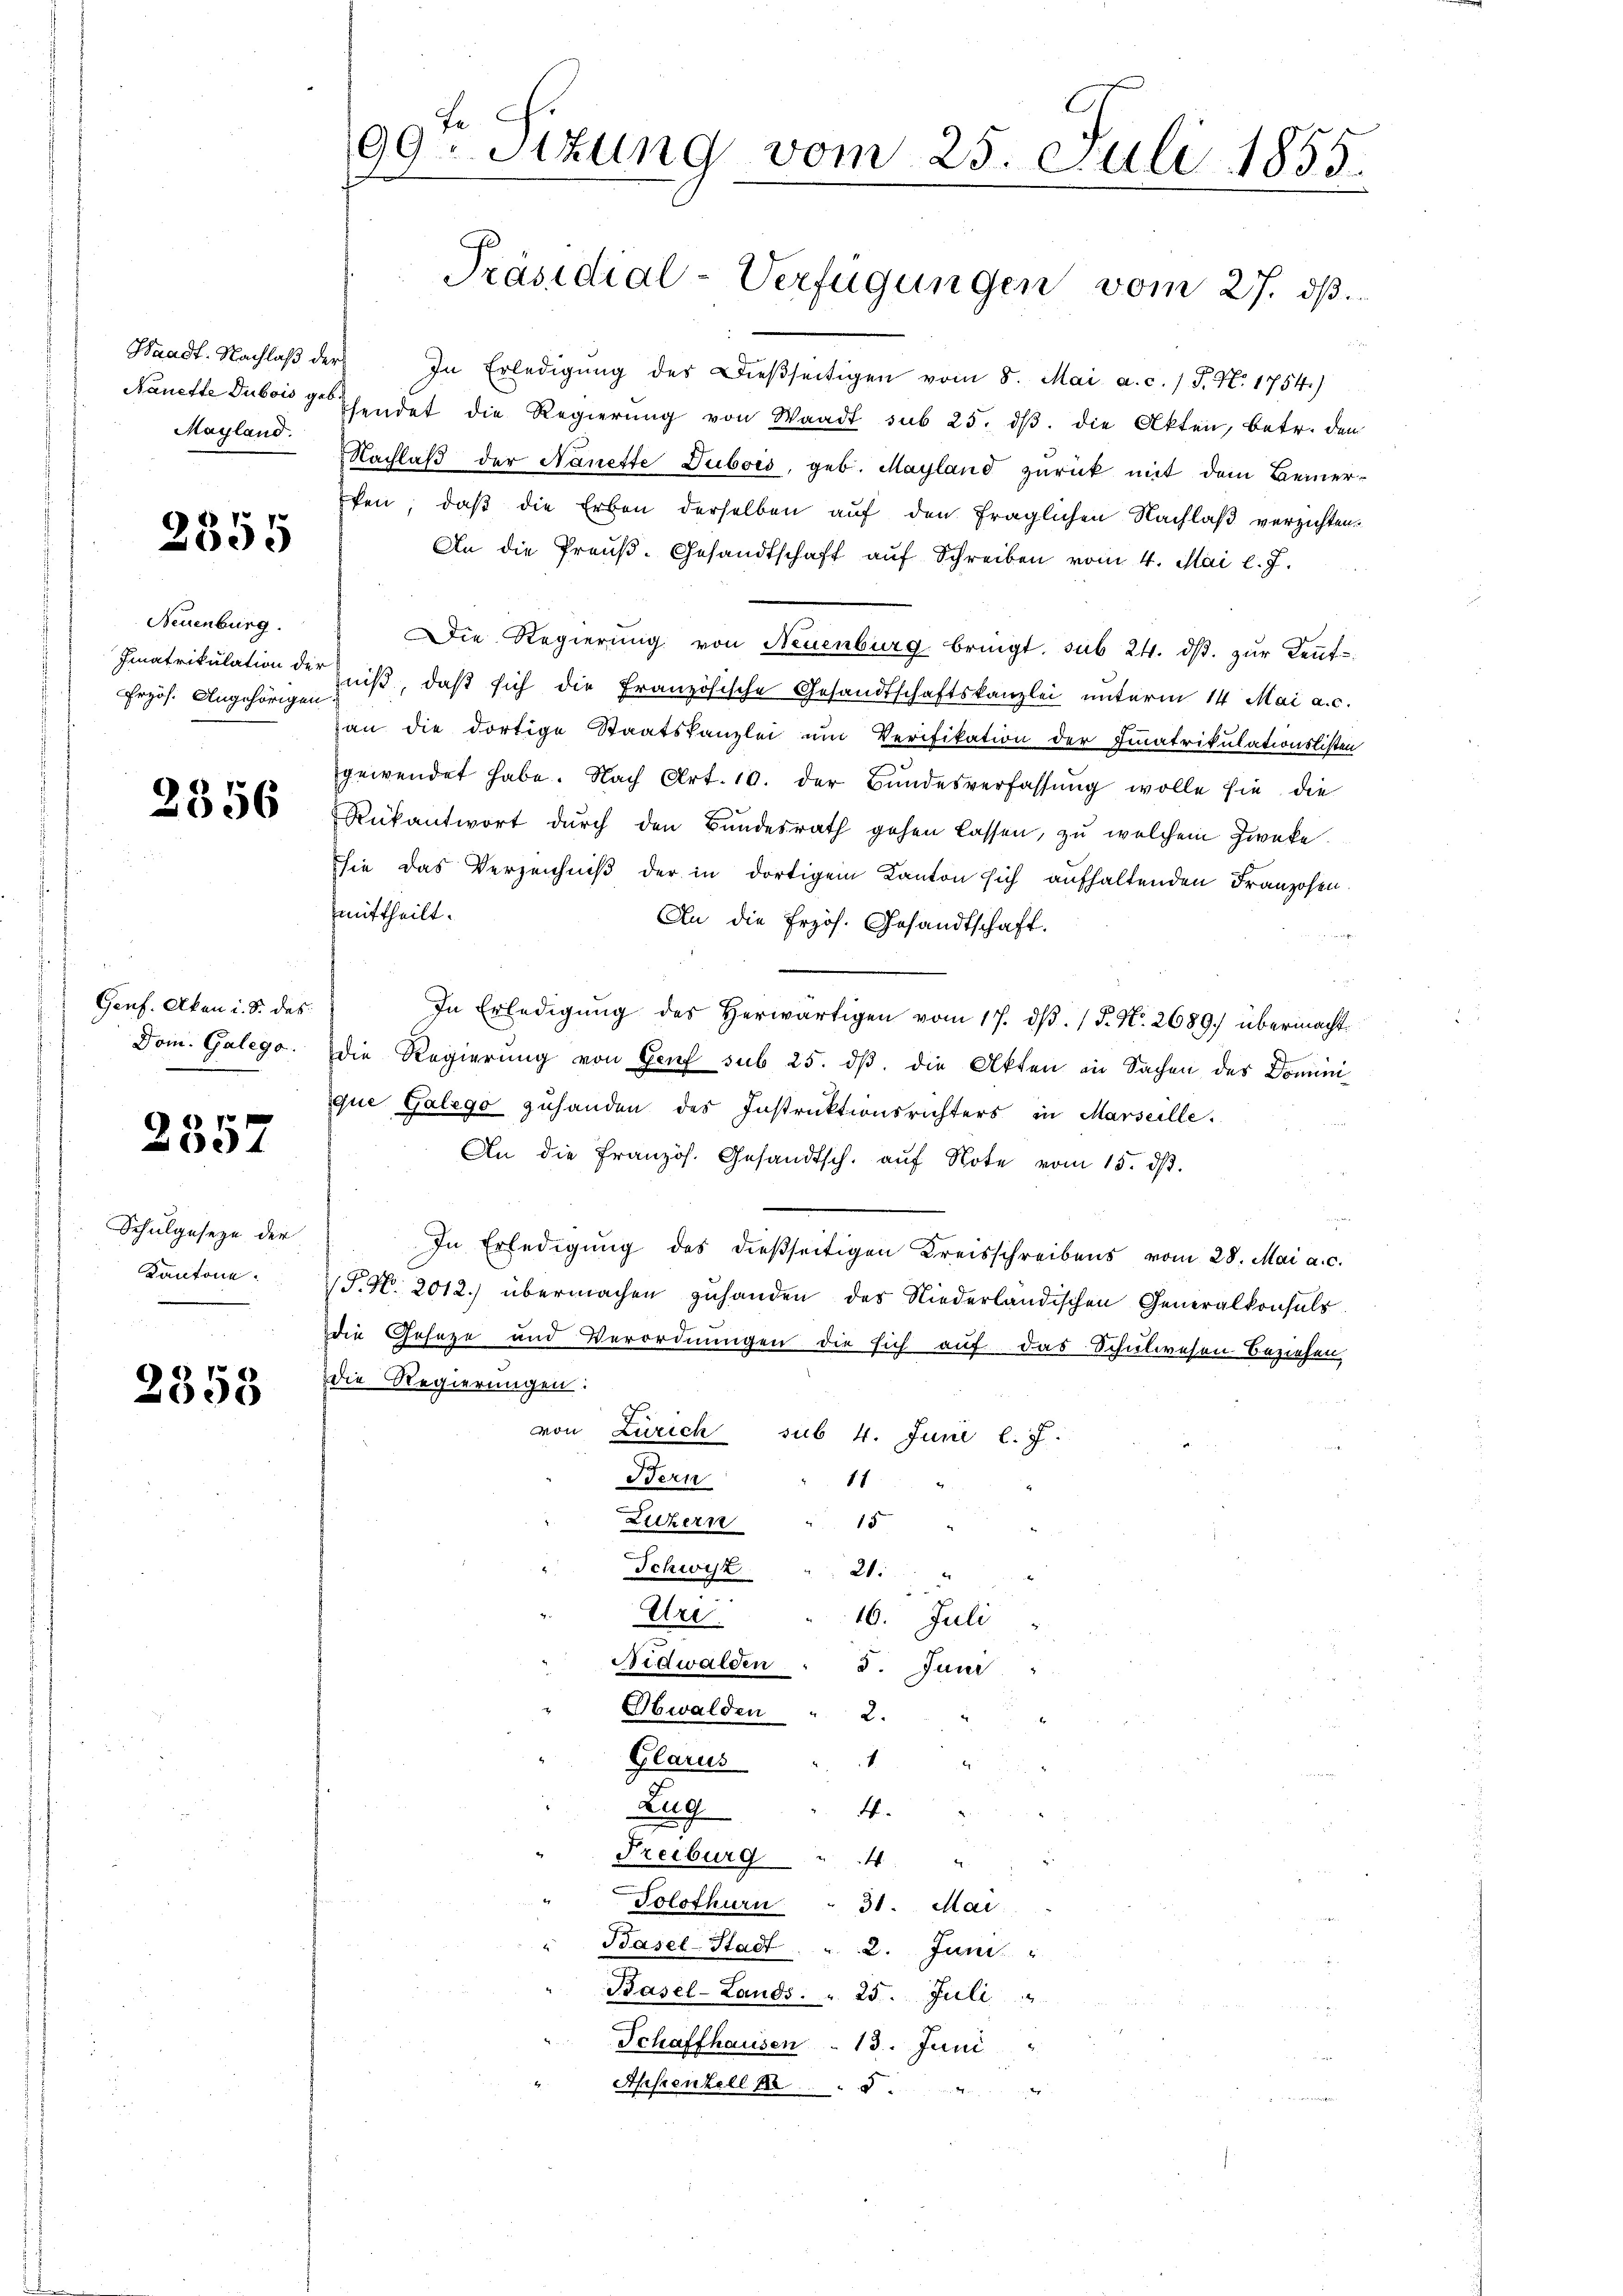
Mayland.

2355

Neuenburg.
rzös. Angehörigen

2356

Genf. Akan i. S. das
Dom. Galege.

2357

Schulgesetze der
Kantone.

2358

99 Sitzung vom 25. Juli 1855.
Präsidial-Verfügungen vom 27. ds.

Waadt. Nachlaβ der In Erledigŭng des Dieβseitigen vom 8. Mai a. c. / P. N. 1754)
Nanette Subor gehendet die Regierung von Waadt sub 25. dβ. die Akten, betr. den
Nachlaβ der Nanette Dubois, geb. Mayland zurück mit dem Bemer¬
Eken, daß die Erben derselben auf den fraglichen Nachlaß verzichten.
An die Preuß. Gesandtschaft auf Schreiben vom 4. Mai l. J.
Die Regierung von Neuenburg bringt. sub 24. ds. zur Kennt¬
Imatrikulation der niß, daß sich die Französische Gesandtschaftskanzlei unterm 14. Mai a. c.
gan die dortige Staatskanzlei um Verifikation der Finatrikulationslisten
gewendet habe. Nach Art. 10. der Bŭndesverfassŭng wolle sie die
Rükantwort durch den Bundesrath gehen lassen, zu welchem Zwecke.
sie das Verzeichniß der in dortigem Kanton sich aufhaltenden Franzosen
mittheilt.
An die frzös. Gesandtschaft.

In Erledigŭng des herwärtigen vom 17. dβ. / 5. No. 2689) übermacht
die Regierŭng von Genf sub 25. dβ. die Akten in Sachen des Dominique Galego zuhanden des Instruktionsrichters in Marseille.
An die Französ. Gesandtsch. aŭf Note vom 15. dβ.
In Erledigung des dießseitigen Kreisschreibens vom 28. Mai a. c.
P. Nr. 2012.) übermachen zuhanden das Niederländischen Generalkonsuls
die Geseze und Verordnungen die sich auf das Schulwesen Beziehen
die Regierungen:
von Zürich sub 4. Juni l. J.
Bern
11
15
Luzern
Schwyz
20:
d
Uri.
16. Juli
Nidwalden " 5. Juni
Obwalden
2.
1
Glarus
4
Zug
4.
Freiburg
i
"Solothurn " 31. Mai
Basel-Stadt . . 2. Juni
Basel-Lands. " 25. Juli
Schaffhausen . 13. Juni
Ahstenzell 185